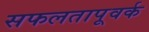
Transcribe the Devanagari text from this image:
सफलतापूवर्क